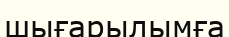
шығарылымға